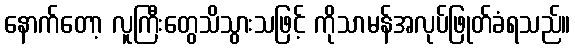
နောက်တော့ လူကြီးတွေသိသွားသဖြင့် ကိုသာမန်အလုပ်ဖြုတ်ခံရသည်။